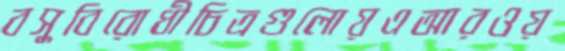
বসুবিরোধীচিত্রগুলোয়এআরওয়